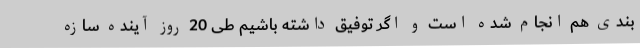
بندی هم انجام شده است و اگر توفیق داشته باشیم طی 20 روز آینده سازه